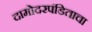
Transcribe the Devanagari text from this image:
दामोदरपंडिताचा